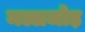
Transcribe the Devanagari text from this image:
मल्लजोड़